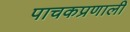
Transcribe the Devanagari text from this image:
पाचकप्रणाली